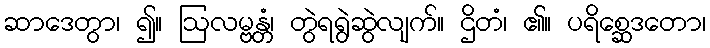
ဆာဒေတွာ၊ ၍။ ဩလမ္ဗန္တံ၊ တွဲရရွဲဆွဲလျက်။ ဌိတံ၊ ၏။ ပရိစ္ဆေဒတော၊